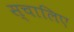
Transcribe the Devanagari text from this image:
स्चालिए